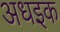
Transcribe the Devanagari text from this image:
अधइक